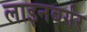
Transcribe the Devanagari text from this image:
लाइनबर्गर